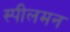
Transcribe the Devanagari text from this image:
स्पीलमन